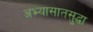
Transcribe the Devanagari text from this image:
अभ्यासातसुद्धा